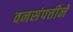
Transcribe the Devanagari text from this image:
वनसंपत्तीने